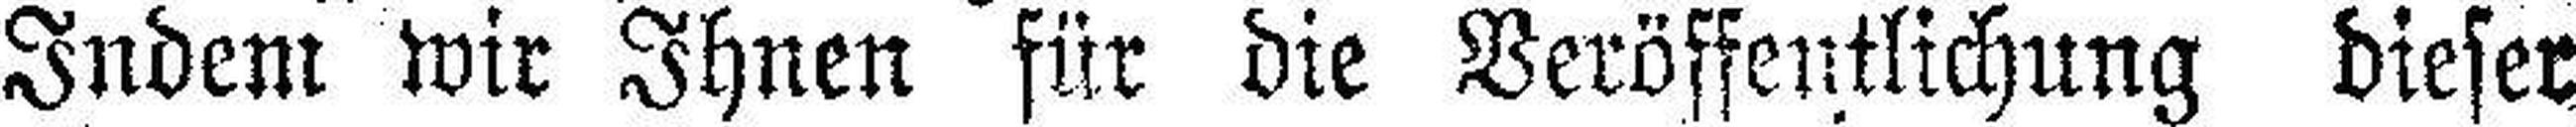
Indem wir Ihnen für die Veröffentlichung dieser